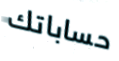
حساباتك